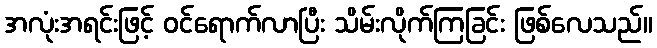
အလုံးအရင်းဖြင့် ဝင်ရောက်လာပြီး သိမ်းလိုက်ကြခြင်း ဖြစ်လေသည်။